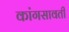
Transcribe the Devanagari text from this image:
कांगसावती